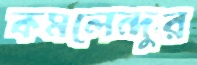
কমলেন্দুর